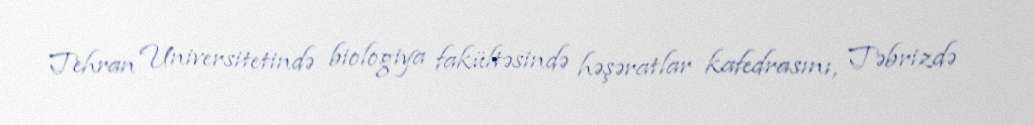
Tehran Universitetində biologiya fakültəsində həşəratlar kafedrasını, Təbrizdə